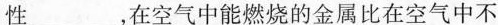
性___，在空气中能燃烧的金属比在空气中不